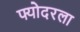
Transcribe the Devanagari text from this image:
फ्योदरला